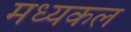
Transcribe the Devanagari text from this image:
मध्यकल